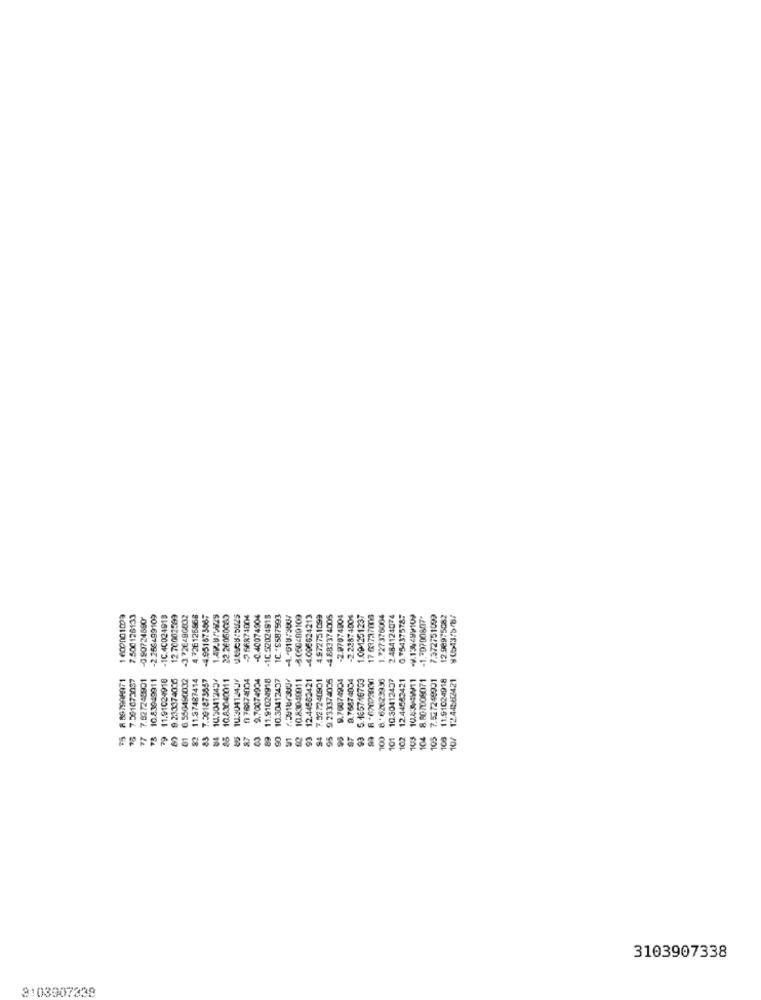
1 600001099
7.500126133
-0 90724890
-2.266499109
-1C.4C024913
12 70002599
-3.726490832
4.726126868
-4.951675665
22.26050063
-2 56874004
-C.40074904
-1C 52024918
1C."S58759]
-4.018/200/
-4.006624213
4972751099
-4.883374005
-2.97074804
-2.22874004
1.091251237
17 63737008
1.727376064
2.484124074
0.75437578;
134299102
-1.70700607*
7.372751099
12 98975082
9.6543/5/87
7.501073057
7.527249901
10.83049911
11.91024918
8.233374035
6.556490032
11.37487414
83 7.591873657
10.5041245
10.83040011
10.3041243
1 78874004
9.70074904
11.91024918
10.30412457
10.83040011
12.44562421
7.527240901
9.233374005
9.76074904
9.76874954
5.165746753
8.62623955
10.30412437
12.44582421
8.807008071
7.527249901
11.91024918
12.44582421
15
81
87
89
90
93
94
95
93
100
101
102
103
104
105
108
10/
3103907338
3103907338